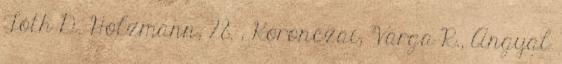
Tóth D. Holzmann, 28. , Koronczai, Varga R., Angyal